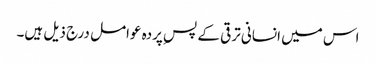
اس میں انسانی ترقی کے پسِ پردہ عوامل درج ذیل ہیں۔